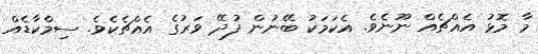
މާ މޮޅު އެއްޗެއް ނޫނެވެ. އެކަމަކު ބޭނުން ފުދޭ ވަރުގެ އެއްޗެކެވެ. ސިމްކާޑެއް